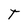
Character: T